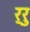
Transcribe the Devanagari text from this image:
र्रु